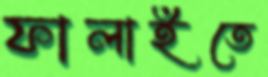
ফালাইতে